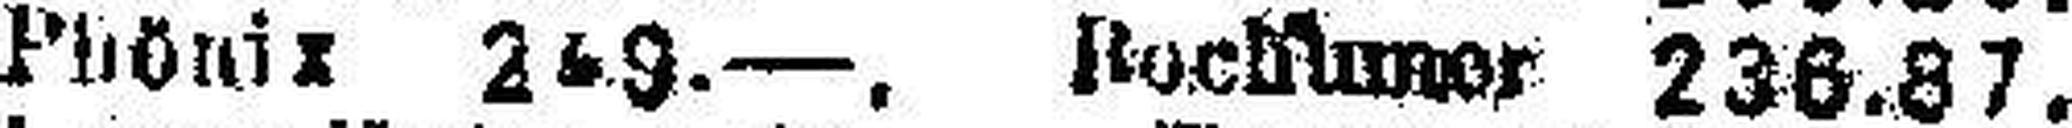
Phönix 249.—. Rocktuner 236.87.